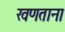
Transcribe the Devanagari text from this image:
खणताना